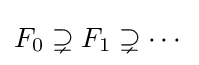
F_{0}\supsetneq F_{1}\supsetneq \cdots